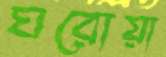
ঘরোয়া